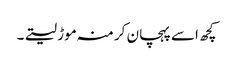
کچھ اسے پہچان کر منہ موڑ لیتے۔